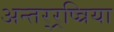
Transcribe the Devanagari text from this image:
अन्तर्‍र्रष्त्रिया